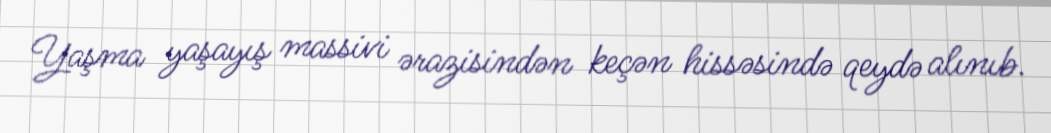
Yaşma yaşayış massivi ərazisindən keçən hissəsində qeydə alınıb.